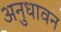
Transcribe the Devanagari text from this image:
अनुधावन